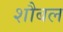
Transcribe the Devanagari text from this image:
शौबल